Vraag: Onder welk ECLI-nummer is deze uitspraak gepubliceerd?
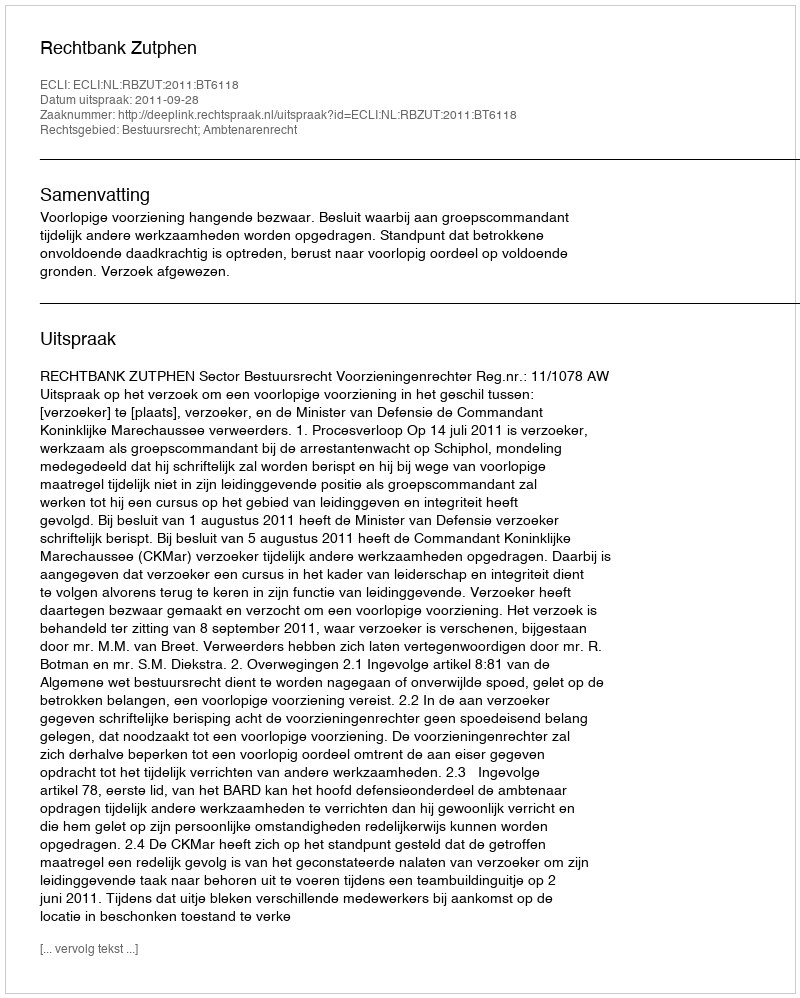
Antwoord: ECLI:NL:RBZUT:2011:BT6118